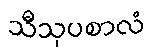
သီသုပစာလံ